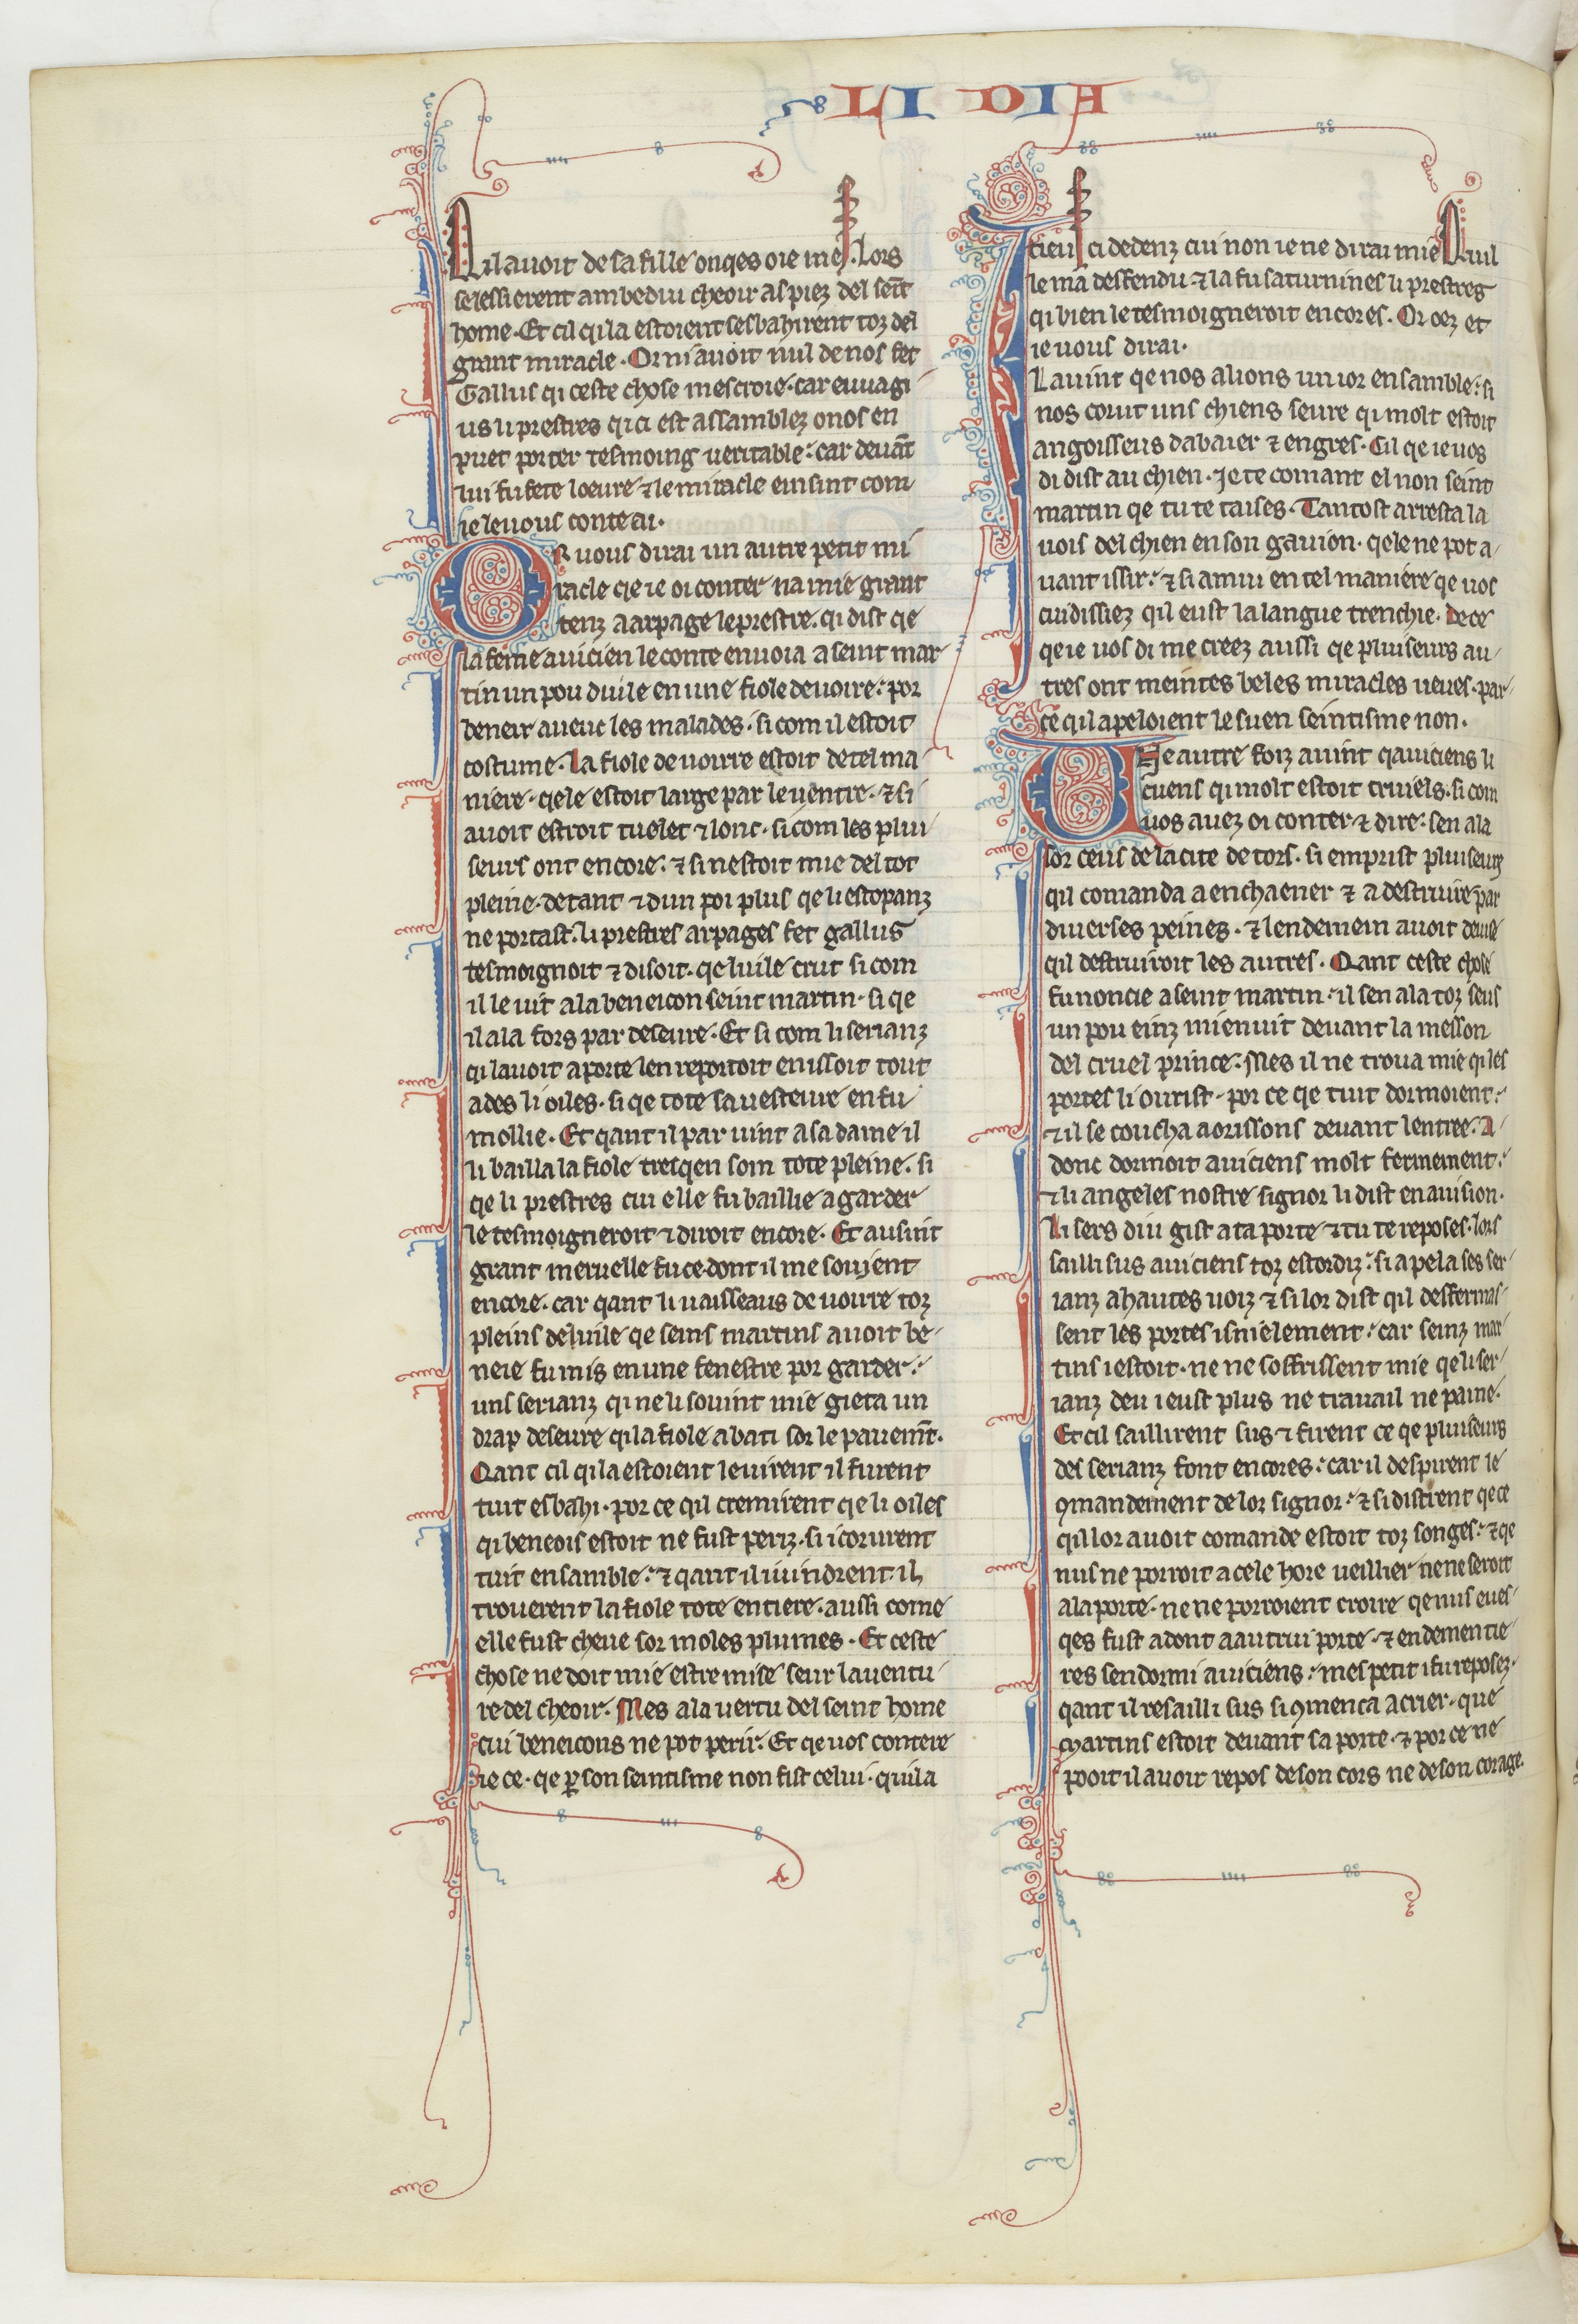
Shelfmark: Paris, BnF, fr. 412
Century: 13